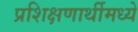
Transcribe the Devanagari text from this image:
प्रशिक्षणार्थीमध्ये